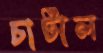
চাটাল